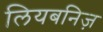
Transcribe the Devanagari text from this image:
लियबनिज़